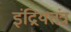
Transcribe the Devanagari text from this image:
इंद्रियतंत्र